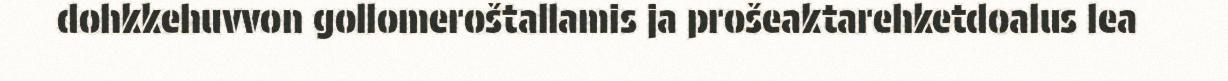
dohkkehuvvon gollomeroštallamis ja prošeaktarehketdoalus lea